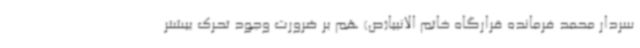
سردار محمد فرمانده قرارگاه خاتم الانبیا(ص) هم بر ضرورت وجود تحرک بیشتر